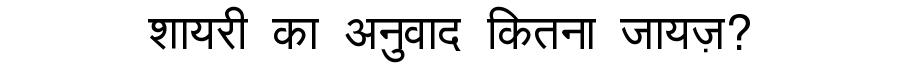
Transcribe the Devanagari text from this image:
शायरी का अनुवाद कितना जायज़?